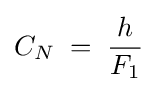
C_{N}\;=\;{\frac {h}{F_{1}}}